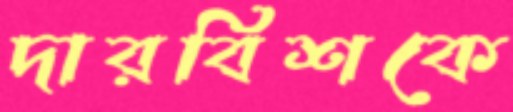
দারবিশকে